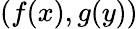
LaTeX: (f(x),g(y))